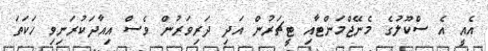
އެއީ އެ ސްކޫލުގެ މެނޭޖްމަންޓާއި ޓީޗަރުން އަދި ދަރިވަރުން ވެސް އިއާދަކުރަނިވި ހަކަތަ